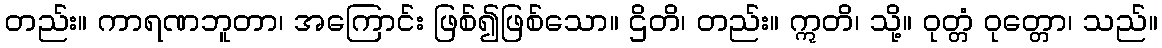
တည်း။ ကာရဏဘူတာ၊ အကြောင်း ဖြစ်၍ဖြစ်သော။ ဌိတိ၊ တည်း။ ဣတိ၊ သို့။ ဝုတ္တံ ဝုတ္တော၊ သည်။